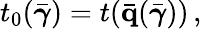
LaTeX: t_{0}(\bar{\boldsymbol{\gamma}})=t(\bar{\mathbf q}(\bar{\boldsymbol{\gamma}}))\, ,